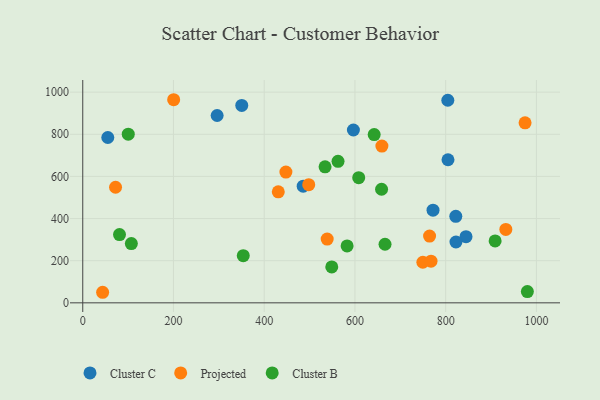
{"axis": {"x": "Ad Spend", "y": "Demand"}, "legend": ["Cluster B", "Cluster C", "Projected"], "data": [{"x": "485.9", "y": 553.8, "type": "Cluster C"}, {"x": "350.5", "y": 936.8, "type": "Cluster C"}, {"x": "822.3", "y": 410.4, "type": "Cluster C"}, {"x": "772.1", "y": 439.8, "type": "Cluster C"}, {"x": "296.2", "y": 889.1, "type": "Cluster C"}, {"x": "596.6", "y": 820.3, "type": "Cluster C"}, {"x": "844.8", "y": 314.0, "type": "Cluster C"}, {"x": "805.1", "y": 679.0, "type": "Cluster C"}, {"x": "804.7", "y": 961.5, "type": "Cluster C"}, {"x": "822.7", "y": 288.8, "type": "Cluster C"}, {"x": "55.2", "y": 784.6, "type": "Cluster C"}, {"x": "431.0", "y": 527.1, "type": "Projected"}, {"x": "200.4", "y": 964.0, "type": "Projected"}, {"x": "659.4", "y": 744.1, "type": "Projected"}, {"x": "764.5", "y": 317.0, "type": "Projected"}, {"x": "538.8", "y": 302.5, "type": "Projected"}, {"x": "975.0", "y": 854.2, "type": "Projected"}, {"x": "498.1", "y": 560.9, "type": "Projected"}, {"x": "447.8", "y": 620.4, "type": "Projected"}, {"x": "72.3", "y": 548.5, "type": "Projected"}, {"x": "932.6", "y": 348.5, "type": "Projected"}, {"x": "43.8", "y": 50.1, "type": "Projected"}, {"x": "749.7", "y": 192.7, "type": "Projected"}, {"x": "767.7", "y": 197.5, "type": "Projected"}, {"x": "100.3", "y": 800.3, "type": "Cluster B"}, {"x": "658.7", "y": 539.0, "type": "Cluster B"}, {"x": "562.7", "y": 671.7, "type": "Cluster B"}, {"x": "666.3", "y": 278.0, "type": "Cluster B"}, {"x": "980.1", "y": 53.4, "type": "Cluster B"}, {"x": "534.1", "y": 645.3, "type": "Cluster B"}, {"x": "353.8", "y": 224.0, "type": "Cluster B"}, {"x": "548.9", "y": 170.2, "type": "Cluster B"}, {"x": "107.1", "y": 281.4, "type": "Cluster B"}, {"x": "608.3", "y": 594.0, "type": "Cluster B"}, {"x": "642.4", "y": 798.7, "type": "Cluster B"}, {"x": "909.0", "y": 294.0, "type": "Cluster B"}, {"x": "81.0", "y": 324.1, "type": "Cluster B"}, {"x": "582.7", "y": 270.1, "type": "Cluster B"}]}